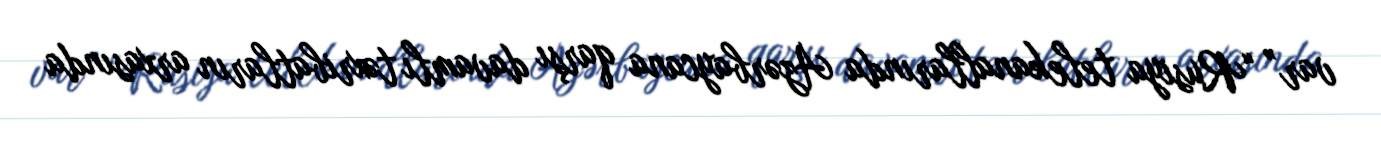
var” “Rusiya telekanallarında Azərbaycana qarşı davamlı təxribatların arxasında